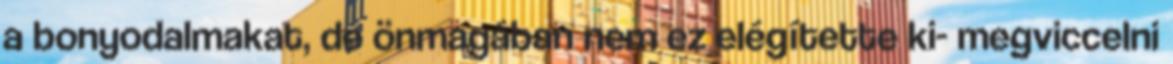
a bonyodalmakat, de önmagában nem ez elégítette ki- megviccelni